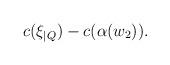
LaTeX: \begin{align*} c(\xi_{|Q}) - c(\alpha(w_2)).\end{align*}